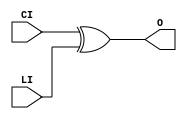
module XORCY (O, CI, LI);


`ifdef XIL_TIMING

    parameter LOC = "UNPLACED";

`endif

    
    output O;

    input  CI, LI;

	xor X1 (O, CI, LI);

`ifdef XIL_TIMING

    specify
        
        (CI => O) = (0:0:0, 0:0:0);
        (LI => O) = (0:0:0, 0:0:0);
        specparam PATHPULSE$ = 0;
        
    endspecify

`endif
    
endmodule